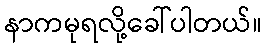
နာကမုရလို့ခေါ်ပါတယ်။